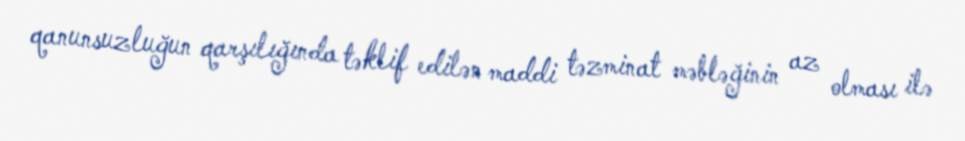
qanunsuzluğun qarşılığında təklif edilən maddi təzminat məbləğinin az olması ilə